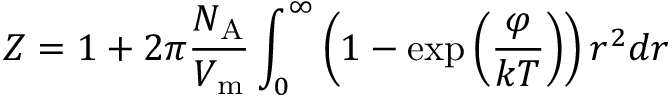
Z = 1 + 2 \pi { \frac { N _ { \mathrm { A } } } { V _ { \mathrm { m } } } } \int _ { 0 } ^ { \infty } \left( 1 - \exp \left( { \frac { \varphi } { k T } } \right) \right) r ^ { 2 } d r